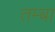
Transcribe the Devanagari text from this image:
तम्बा